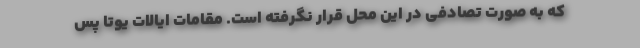
که به صورت تصادفی در این محل قرار نگرفته است. مقامات ایالات یوتا پس